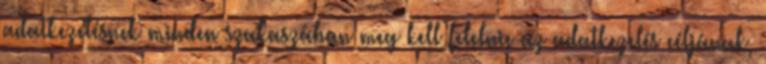
adatkezelésnek minden szakaszában meg kell felelnie az adatkezelés céljának,